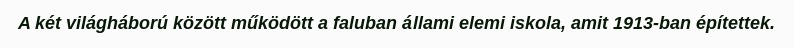
A két világháború között működött a faluban állami elemi iskola, amit 1913-ban építettek.